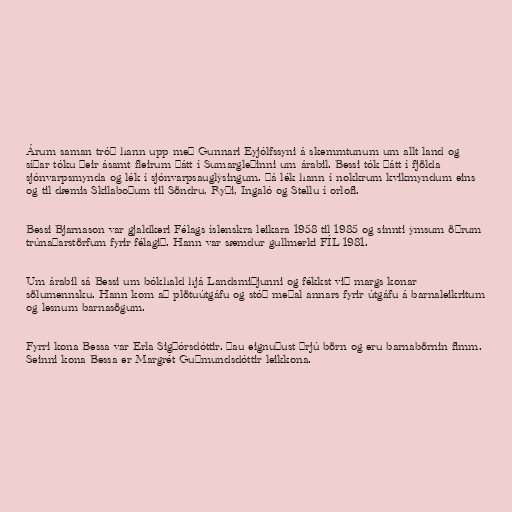
Árum sam­an tróð hann upp með Gunn­ari Eyj­ólfs­syni á skemmt­un­um um allt land og
síðar tóku þeir ásamt fleir­um þátt í Sum­argleðinni um ára­bil. Bessi tók þátt í fjölda
sjón­varps­mynda og lék í sjón­varps­aug­lýs­ing­um. Þá lék hann í nokkr­um kvik­mynd­um eins
og til dæm­is Skila­boðum til Söndru, Ryði, Ingaló og Stellu í or­lofi.

Bessi Bjarna­son var gjald­keri Fé­lags ís­lenskra leik­ara 1958 til 1985 og sinnti ýms­um öðrum
trúnaðar­störf­um fyr­ir fé­lagið. Hann var sæmd­ur gull­merki FÍL 1981.

Um ára­bil sá Bessi um bók­hald hjá Landsmiðjunni og fékkst við margs kon­ar
sölu­mennsku. Hann kom að plötu­út­gáfu og stóð meðal ann­ars fyr­ir út­gáfu á barna­leik­rit­um
og lesn­um barna­sög­um.

Fyrri kona Bessa var Erla Sigþórs­dótt­ir. Þau eignuðust þrjú börn og eru barna­börn­in fimm.
Seinni kona Bessa er Mar­grét Guðmunds­dótt­ir leik­kona.